Civil Veterinary Department. United Provinces 1932-42 - 1932-1942
Year: 1932
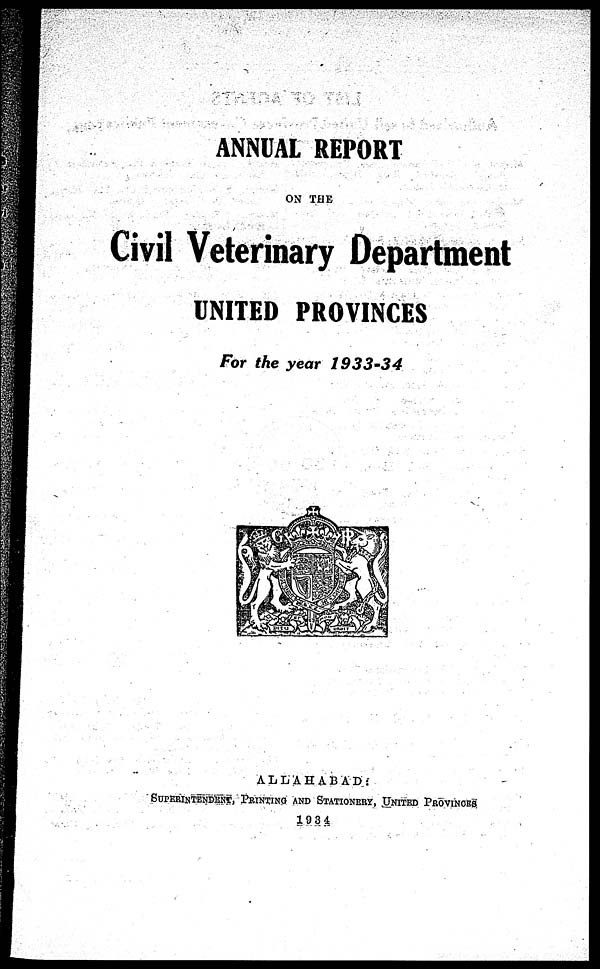
ANNUAL REPORT
ON THE
Civil Veterinary Department
UNITED PROVINCES
For the year 1933-34
ALLAHABAD:
SUPERINTENDENT, PRINTING AND STATIONERY, UNITED PROVINCES
1934